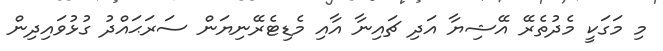
މި މަގަކީ މެދުތެރޭ އޭޝިޔާ އަދި ޗައިނާ އާއި މެޑިޓެރޭނިޔަން ސަރަޙައްދު ގުޅުވައިދިން